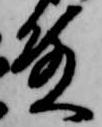
殿